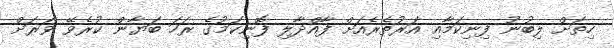
ހިތަށް ލިބުނު ފިނިކަމާއި އަރުތެރެއަށް ފާއްދާލި ފޮނިކަމުގެ ރަހަ ބަޔާން ކުރެވޭ ވަރަށް